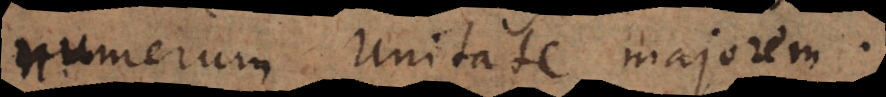
numerum unitate majorem.